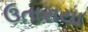
ઉતારાયા